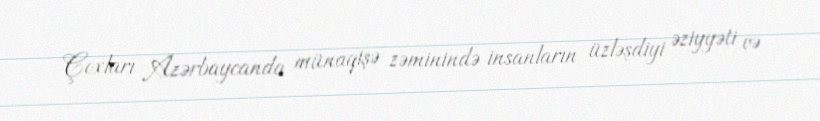
Çoxları Azərbaycanda münaqişə zəminində insanların üzləşdiyi əziyyəti və